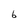
Character: 6